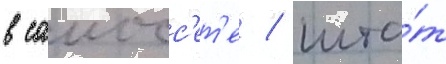
в саиосс'ет'е / шта́т